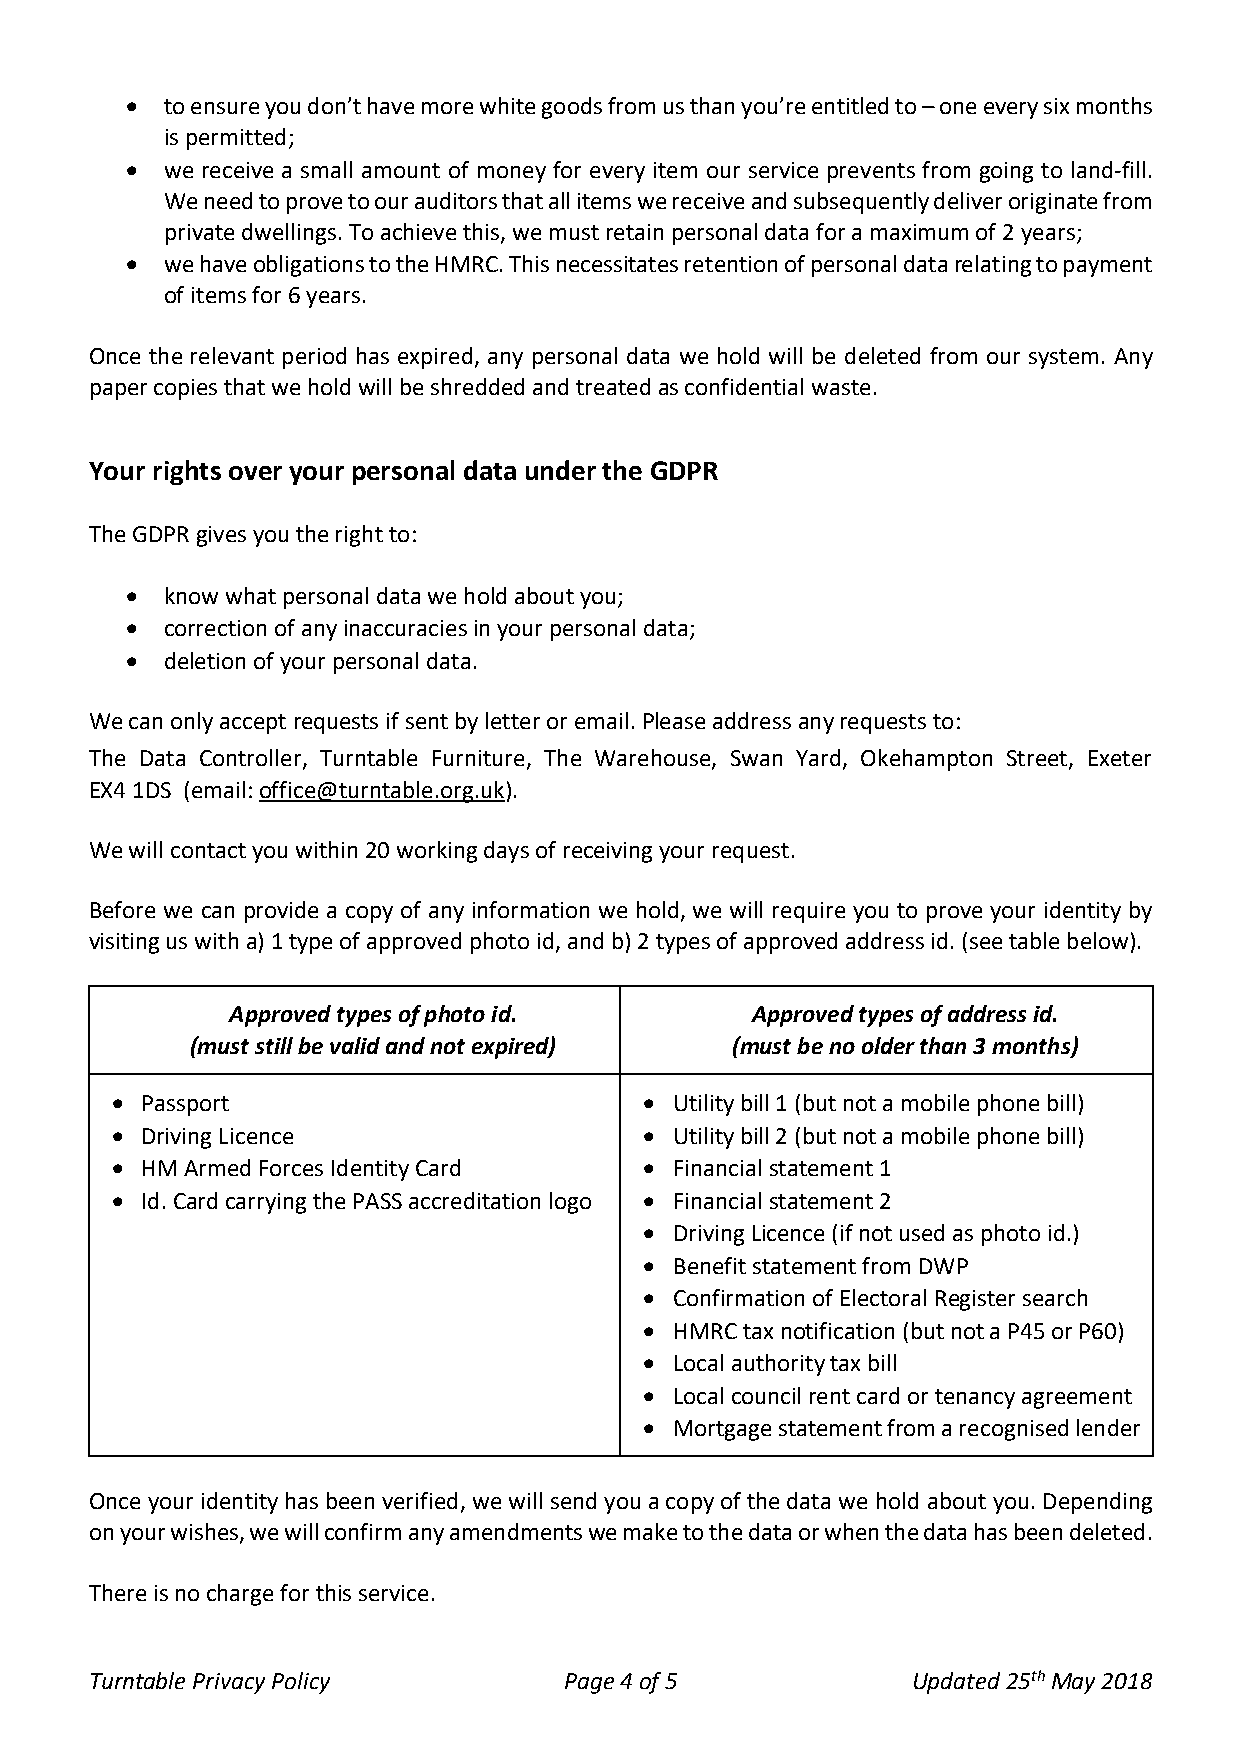
•  to ensure you don’t have more white goods from us than you’re entitled to – one every six months
 is permitted;
 •  we receive a small amount of money for every item our service prevents from going to land-fill.
 We need to prove to our auditors that all items we receive and subsequently deliver originate from
 private dwellings. To achieve this, we must retain personal data for a maximum of 2 years;
 •  we have obligations to the HMRC. This necessitates retention of personal data relating to payment
 of items for 6 years.
 Once the relevant period has expired, any personal data we hold will be deleted from our system. Any
 paper copies that we hold will be shredded and treated as confidential waste.
 Your rights over your personal data under the GDPR
 The GDPR gives you the right to:
 •  know what personal data we hold about you;
 •  correction of any inaccuracies in your personal data;
 •  deletion of your personal data.
 We can only accept requests if sent by letter or email. Please address any requests to:
 The Data Controller, Turntable Furniture, The Warehouse, Swan Yard, Okehampton Street, Exeter
 EX4 1DS (email: office@turntable.org.uk).
 We will contact you within 20 working days of receiving your request.
 Before we can provide a copy of any information we hold, we will require you to prove your identity by
 visiting us with a) 1 type of approved photo id, and b) 2 types of approved address id. (see table below).
 Approved types of photo id.        Approved types of address id.
 (must still be valid and not expired) (must be no older than 3 months)
 • Passport                          • Utility bill 1 (but not a mobile phone bill)
 • Driving Licence                   • Utility bill 2 (but not a mobile phone bill)
 • HM Armed Forces Identity Card     • Financial statement 1
 • Id. Card carrying the PASS accreditation logo • Financial statement 2
 • Driving Licence (if not used as photo id.)
 • Benefit statement from DWP
 • Confirmation of Electoral Register search
 • HMRC tax notification (but not a P45 or P60)
 • Local authority tax bill
 • Local council rent card or tenancy agreement
 • Mortgage statement from a recognised lender
 Once your identity has been verified, we will send you a copy of the data we hold about you. Depending
 on your wishes, we will confirm any amendments we make to the data or when the data has been deleted.
 There is no charge for this service.
 Turntable Privacy Policy       Page 4 of 5            Updated 25th May 2018